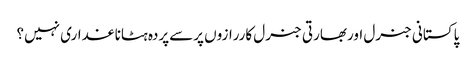
پاکستانی جنرل اوربھارتی جنرل کاررازوں پرسےپردہ ہٹاناغداری نہیں؟